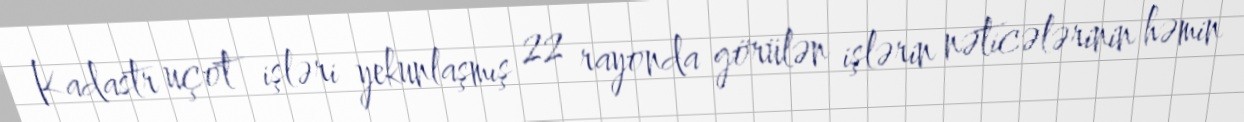
Kadastr uçot işləri yekunlaşmış 22 rayonda görülən işlərin nəticələrinin həmin